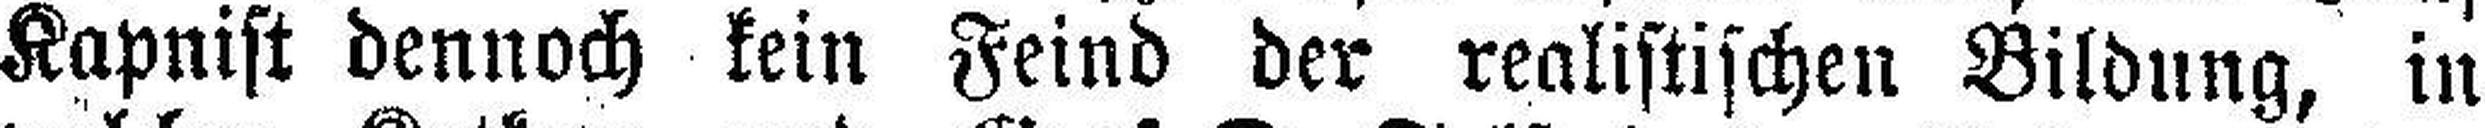
Kapnist dennoch kein Feind der realistischen Bildung, in